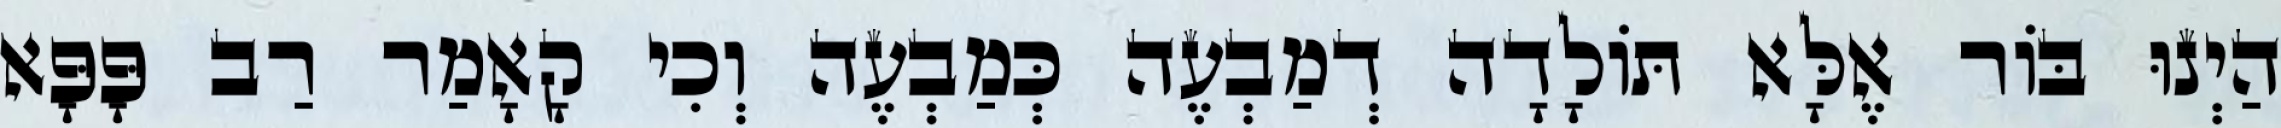
הַיְנוּ בּוֹר אֶלָּא תּוֹלָדָה דְמַבְעֶה כְּמַבְעֶה וְכִי קָאָמַר רַב פָּפָּא